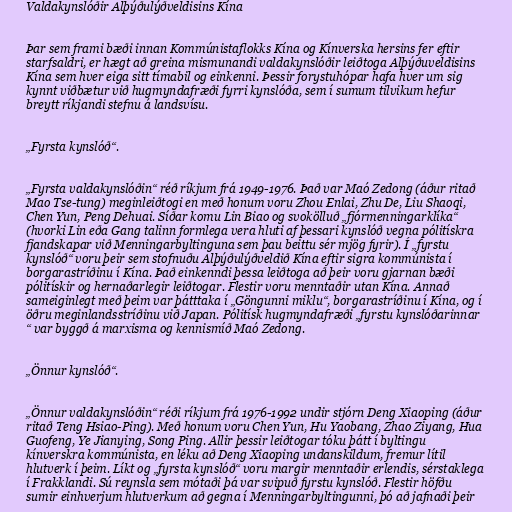
Valdakynslóðir Alþýðulýðveldisins Kína

Þar sem frami bæði innan Kommúnistaflokks Kína og Kínverska hersins fer eftir
starfsaldri, er hægt að greina mismunandi valdakynslóðir leiðtoga Alþýðuveldisins
Kína sem hver eiga sitt tímabil og einkenni. Þessir forystuhópar hafa hver um sig
kynnt viðbætur við hugmyndafræði fyrri kynslóða, sem í sumum tilvikum hefur
breytt ríkjandi stefnu á landsvísu.

„Fyrsta kynslóð“.

„Fyrsta valdakynslóðin“ réð ríkjum frá 1949-1976. Það var Maó Zedong (áður ritað
Mao Tse-tung) meginleiðtogi en með honum voru Zhou Enlai, Zhu De, Liu Shaoqi,
Chen Yun, Peng Dehuai. Síðar komu Lin Biao og svokölluð „fjórmenningarklíka“
(hvorki Lin eða Gang talinn formlega vera hluti af þessari kynslóð vegna pólitískra
fjandskapar við Menningarbyltinguna sem þau beittu sér mjög fyrir). Í „fyrstu
kynslóð“ voru þeir sem stofnuðu Alþýðulýðveldið Kína eftir sigra kommúnista í
borgarastríðinu í Kína. Það einkenndi þessa leiðtoga að þeir voru gjarnan bæði
pólitískir og hernaðarlegir leiðtogar. Flestir voru menntaðir utan Kína. Annað
sameiginlegt með þeim var þátttaka í „Göngunni miklu“, borgarastríðinu í Kína, og í
öðru meginlandsstríðinu við Japan. Pólitísk hugmyndafræði „fyrstu kynslóðarinnar
“ var byggð á marxisma og kennismíð Maó Zedong.

„Önnur kynslóð“.

„Önnur valdakynslóðin“ réði ríkjum frá 1976-1992 undir stjórn Deng Xiaoping (áður
ritað Teng Hsiao-Ping). Með honum voru Chen Yun, Hu Yaobang, Zhao Ziyang, Hua
Guofeng, Ye Jianying, Song Ping. Allir þessir leiðtogar tóku þátt í byltingu
kínverskra kommúnista, en léku að Deng Xiaoping undanskildum, fremur lítil
hlutverk í þeim. Líkt og „fyrsta kynslóð“ voru margir menntaðir erlendis, sérstaklega
í Frakklandi. Sú reynsla sem mótaði þá var svipuð fyrstu kynslóð. Flestir höfðu
sumir einhverjum hlutverkum að gegna í Menningarbyltingunni, þó að jafnaði þeir